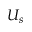
U _ { s }